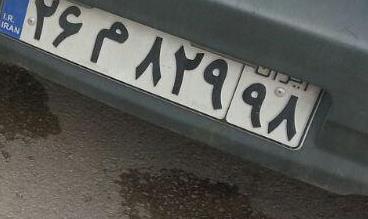
۲۶م۸۲۹۹۸